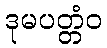
ဒုမပတ္တံဝ